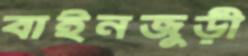
বাইনজুড়ী